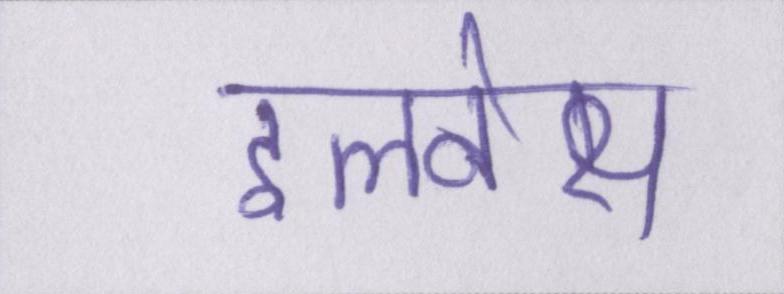
इलनेस